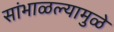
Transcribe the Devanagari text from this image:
सांभाळल्यामुळे